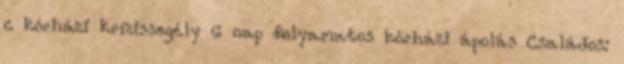
c kórházi krízissegély 6 nap folyamatos kórházi ápolás Családos: